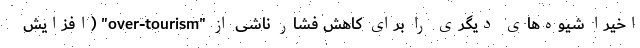
اخیرا شیوه‌های دیگری را برای کاهش فشار ناشی از "over-tourism" (افزایش